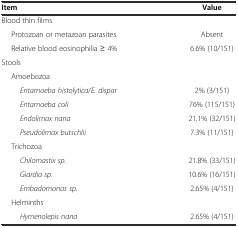
<table><thead><tr><td><b>Item</b></td><td><b>Value</b></td></tr></thead><tbody><tr><td>Blood thin films</td><td></td></tr><tr><td>Protozoan or metazoan parasites</td><td>Absent</td></tr><tr><td>Relative blood eosinophilia ≥ 4%</td><td>6.6% (10/151)</td></tr><tr><td>Stools</td><td></td></tr><tr><td>Amoebozoa</td><td></td></tr><tr><td><i>Entamoeba histolytica/E. dispar</i></td><td>2% (3/151)</td></tr><tr><td><i>Entamoeba coli</i></td><td>76% (115/151)</td></tr><tr><td><i>Endolimax nana</i></td><td>21.1% (32/151)</td></tr><tr><td><i>Pseudolimax butschlii</i></td><td>7.3% (11/151)</td></tr><tr><td>Trichozoa</td><td></td></tr><tr><td><i>Chilomastix sp.</i></td><td>21.8% (33/151)</td></tr><tr><td><i>Giardia sp.</i></td><td>10.6% (16/151)</td></tr><tr><td><i>Embadomonas sp.</i></td><td>2.65% (4/151)</td></tr><tr><td>Helminths</td><td></td></tr><tr><td><i>Hymenolepis nana</i></td><td>2.65% (4/151)</td></tr></tbody></table>